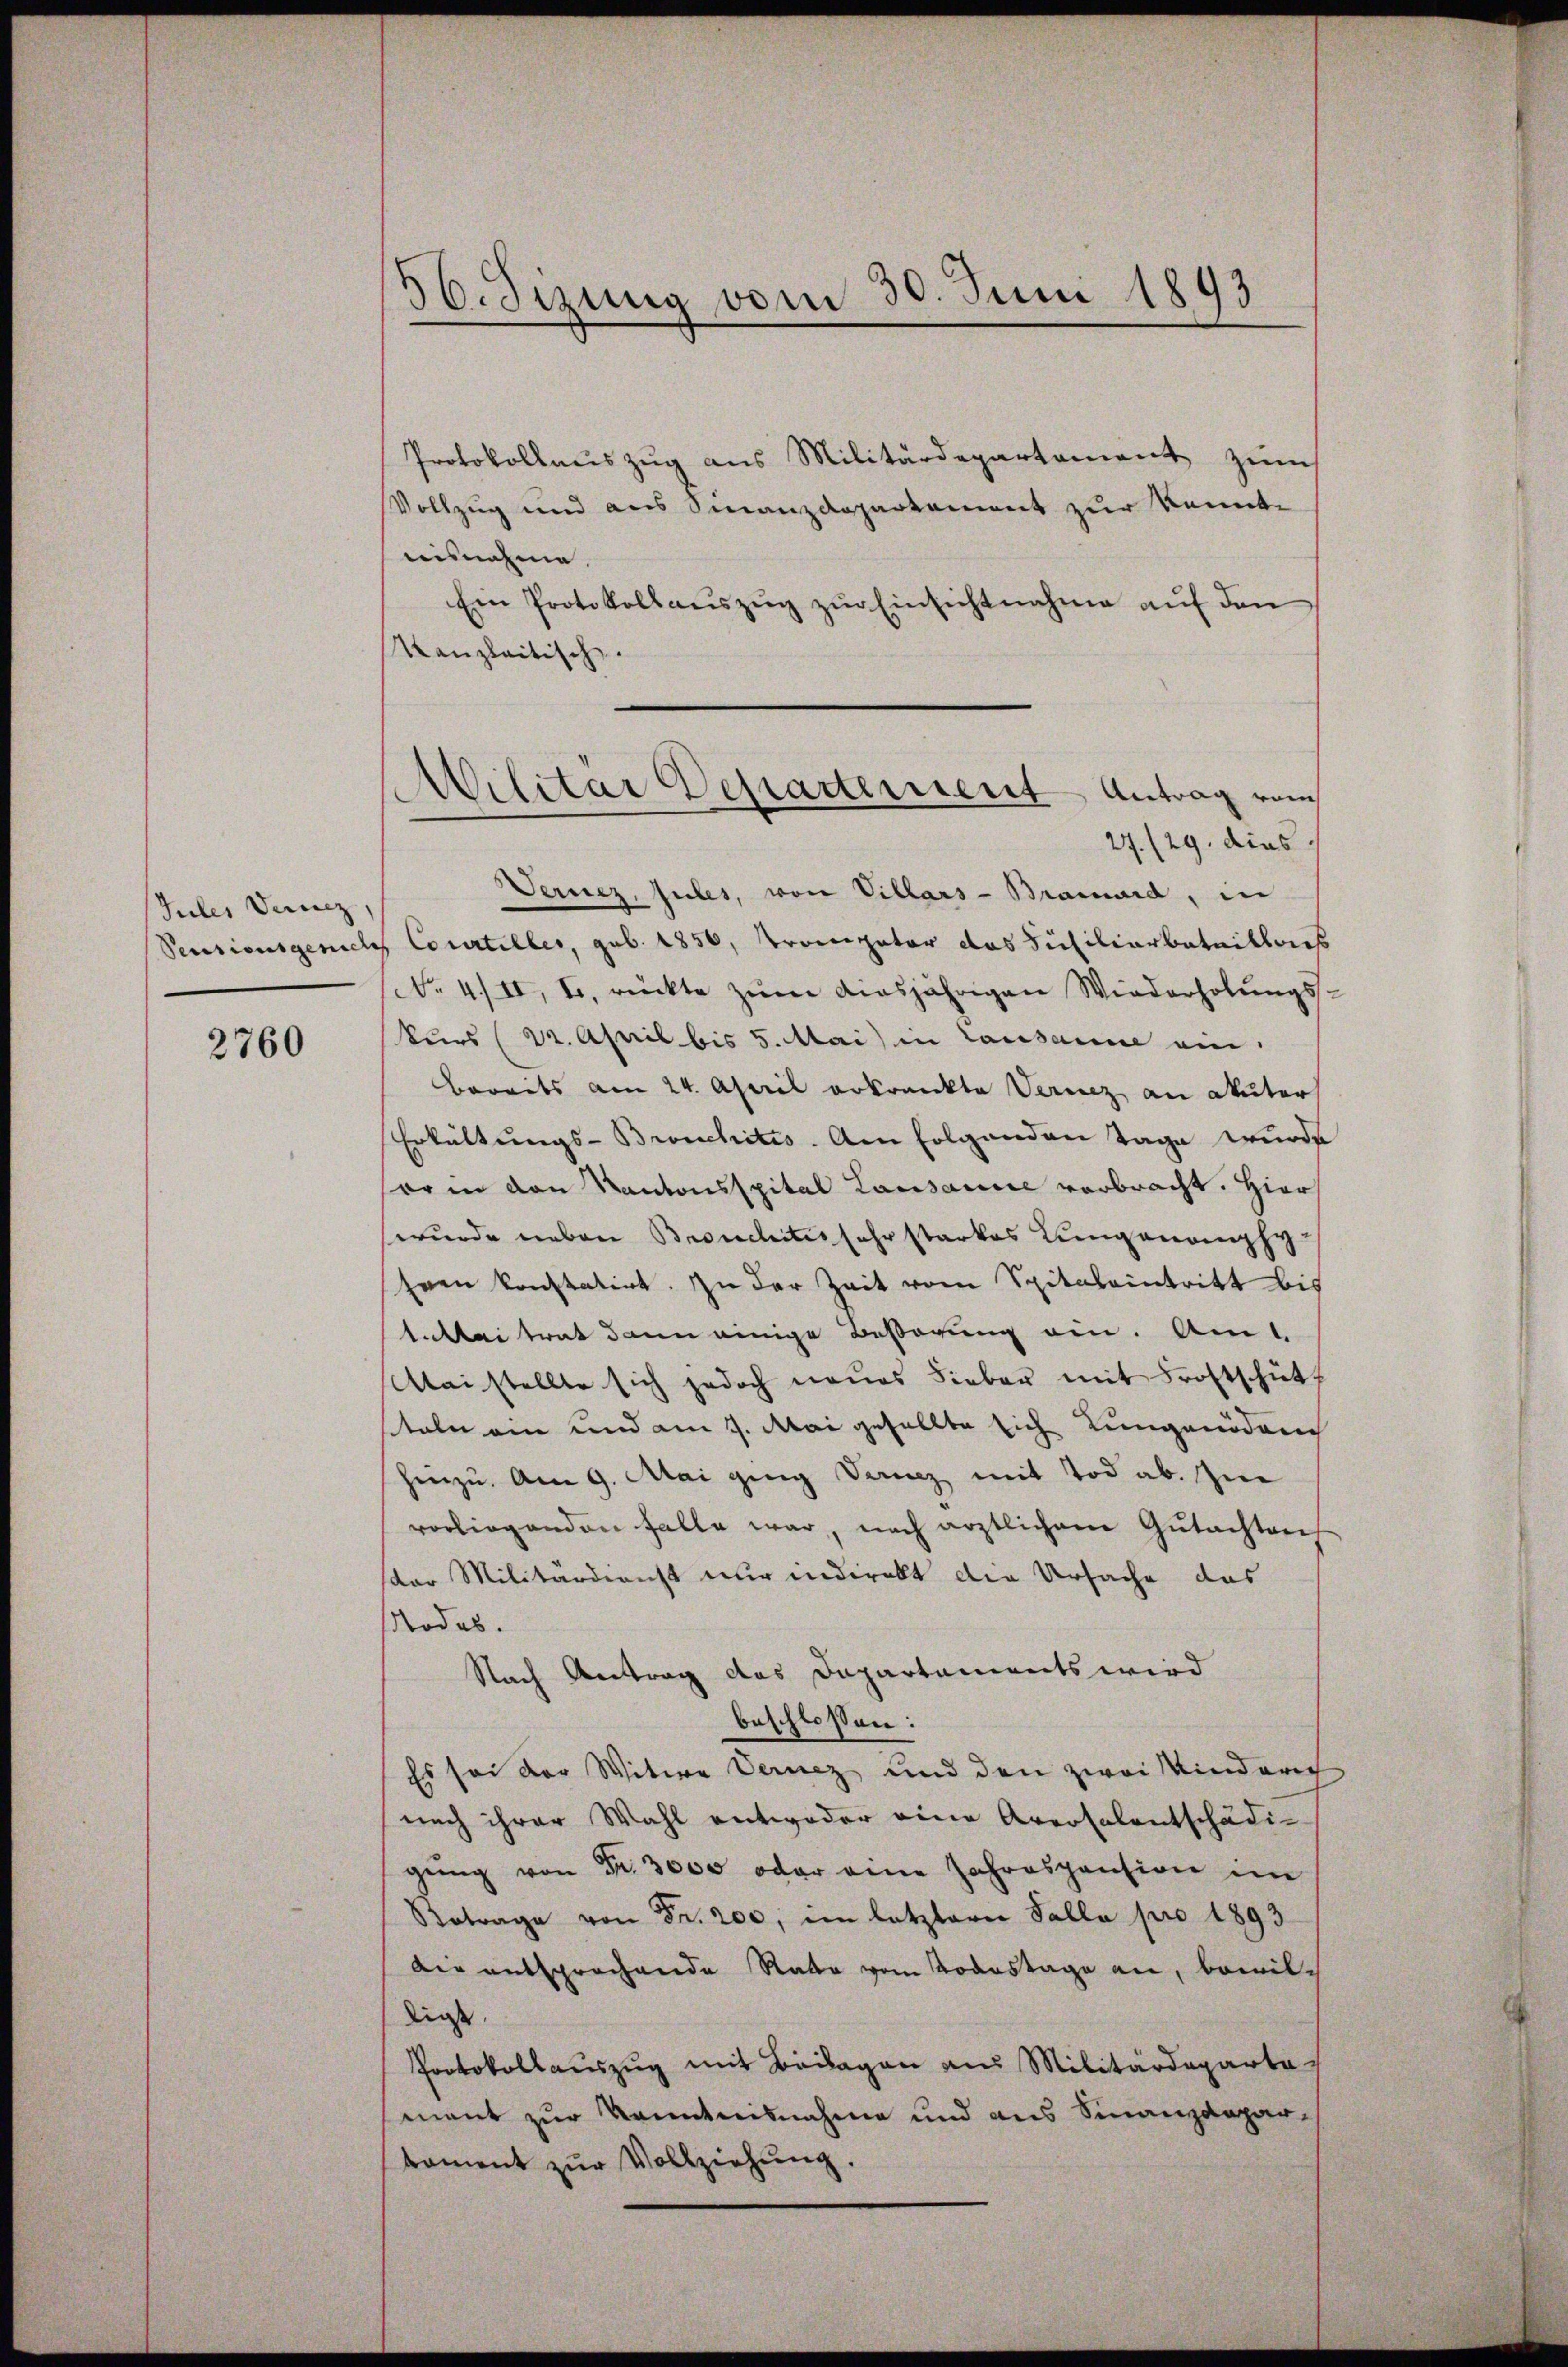
Jules Verenz,

2760

56. Sizung vom 30. Juni 1893

Protokollauszug aus Militärdepartement zum
Vollzug und aus Finanzdepartament zur konnte
uisnahme
Ein Protokollaŭszŭg zŭr Einsichtnahme auf den
Kanzleitisch.
Vernez, Jules, von Villars-Bramard, in
Pensionsgerich Courtiller, geb. 1856, Trompator das Siciliarbataillacs
No 4/II, I. rückte zŭm diesjährigen Wiederholŭngs-
kurs (22. April bis 5. Mai in Lausanne ein.
Bereits am 24. April erkrankte Vernez, an akuter
Erkältungs- Bronchitis. Am folgenden Tage wurde
sor in den Kantonsspital Lausanne verbracht. Hier
wurde neben Bronchitis sehr starkes Lungenanphy-
hren konstatirt. In der Zeit vom Spitalaintritt bis
takter trat dann einige Beßerung ein. Am 1.
Mai stellte sich jedoch neŭes Lieber mit Frostschüt
tale ein und am 9. Mai gesellte sich Lungenden
hinzu. Am 9. Mai ging Denz mit Tod ab. Zur
vorliegenden Falle war, nach ärztlichen Gutachtrech
sdor Militärdienst nur indirekt die Ursache das
odes.
Nach Antrag das Dapartements wird
beschlossen:
Es sei der Witwe Vernez und den zwei Kinderich
nach ihrer Wahl entweder eine Aversalentschädigŭng von Fr. 3000 oder eine Jahrespension im
trage von Fr. 200, im letzterer Falla pro 1893
Die entsprochende Rate vom Todestage an, bewilliess.
Protokollauszug mit Beilagen aus Militärdeparta
mant zur Kenntnisnahme und aus Finanzdeparkoment zŭr Vollziehŭng.

Militar Departement Antrag vom
27./29. dies